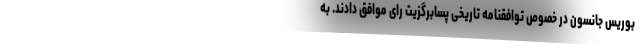
بوریس جانسون در خصوص توافقنامه تاریخی پسابرگزیت رای موافق دادند. به